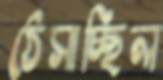
ঠেসাচ্ছিল